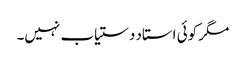
مگر کوئی استاد دستیاب نہیں۔